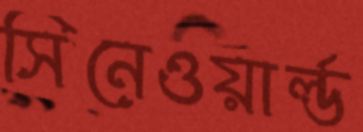
সিনেওয়ার্ল্ড